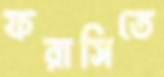
ফরাসিতে